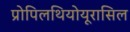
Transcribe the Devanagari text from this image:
प्रोपिलथियोयूरासिल